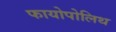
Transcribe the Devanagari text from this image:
फायोपोलिथ